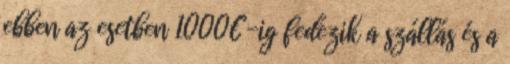
ebben az esetben 1000€-ig fedezik a szállás és a